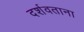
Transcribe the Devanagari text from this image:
दर्शवताना